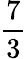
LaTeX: \frac{7}{3}